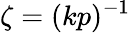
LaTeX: \zeta=(kp)^{-1}